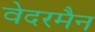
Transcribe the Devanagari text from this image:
वेदरमैन